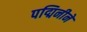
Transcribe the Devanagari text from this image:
पद्मिनीने